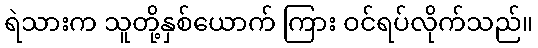
ရဲသားက သူတို့နှစ်ယောက် ကြား ဝင်ရပ်လိုက်သည်။